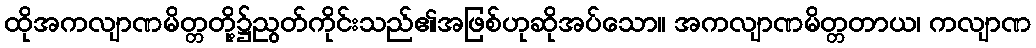
ထိုအကလျာဏမိတ္တတို့၌ညွတ်ကိုင်းသည်၏အဖြစ်ဟုဆိုအပ်သော။ အကလျာဏမိတ္တတာယ၊ ကလျာဏ